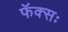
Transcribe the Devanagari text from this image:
फॅक्सः